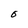
Character: O